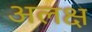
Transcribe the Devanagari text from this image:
अलक्ष